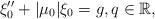
LaTeX: \begin{align*} \xi_0'' + |\mu_0| \xi_0 = g , q \in \Bbb R ,\end{align*}